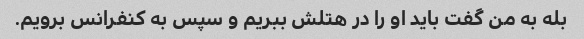
بله به من گفت باید او را در هتلش ببریم و سپس به کنفرانس برویم.